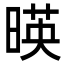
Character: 暎